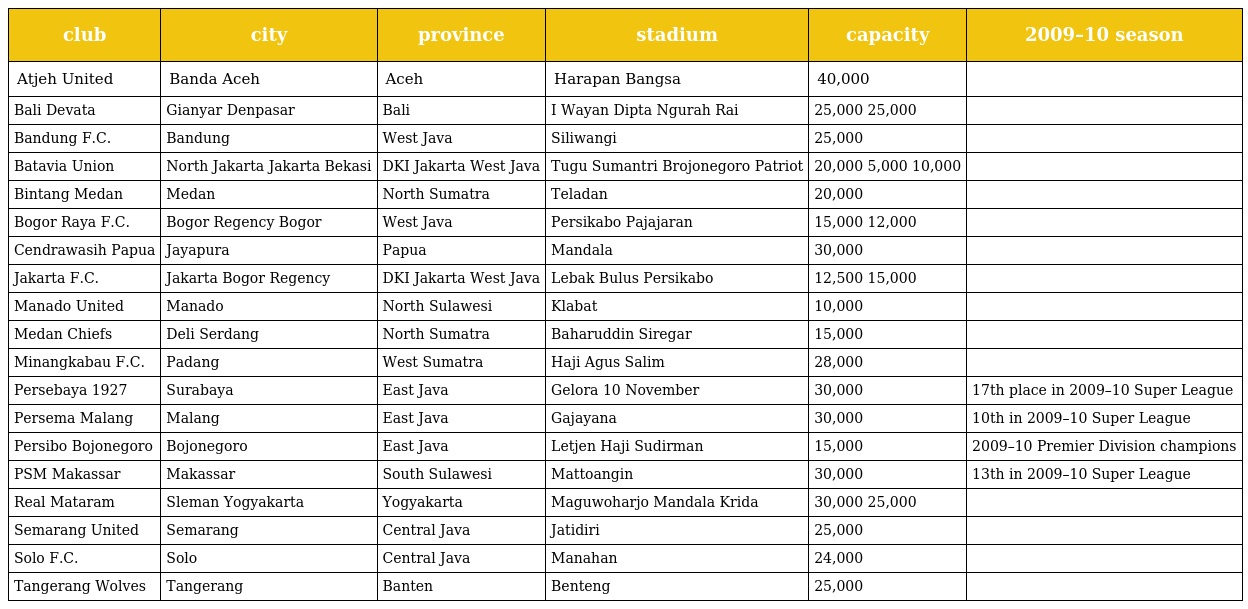
| club | city | province | stadium | capacity | 2009–10 season |
 | --- | --- | --- | --- | --- | --- |
 | Atjeh United | Banda Aceh | Aceh | Harapan Bangsa | 40,000 |  |
 | Bali Devata | Gianyar Denpasar | Bali | I Wayan Dipta Ngurah Rai | 25,000 25,000 |  |
 | Bandung F.C. | Bandung | West Java | Siliwangi | 25,000 |  |
 | Batavia Union | North Jakarta Jakarta Bekasi | DKI Jakarta West Java | Tugu Sumantri Brojonegoro Patriot | 20,000 5,000 10,000 |  |
 | Bintang Medan | Medan | North Sumatra | Teladan | 20,000 |  |
 | Bogor Raya F.C. | Bogor Regency Bogor | West Java | Persikabo Pajajaran | 15,000 12,000 |  |
 | Cendrawasih Papua | Jayapura | Papua | Mandala | 30,000 |  |
 | Jakarta F.C. | Jakarta Bogor Regency | DKI Jakarta West Java | Lebak Bulus Persikabo | 12,500 15,000 |  |
 | Manado United | Manado | North Sulawesi | Klabat | 10,000 |  |
 | Medan Chiefs | Deli Serdang | North Sumatra | Baharuddin Siregar | 15,000 |  |
 | Minangkabau F.C. | Padang | West Sumatra | Haji Agus Salim | 28,000 |  |
 | Persebaya 1927 | Surabaya | East Java | Gelora 10 November | 30,000 | 17th place in 2009–10 Super League |
 | Persema Malang | Malang | East Java | Gajayana | 30,000 | 10th in 2009–10 Super League |
 | Persibo Bojonegoro | Bojonegoro | East Java | Letjen Haji Sudirman | 15,000 | 2009–10 Premier Division champions |
 | PSM Makassar | Makassar | South Sulawesi | Mattoangin | 30,000 | 13th in 2009–10 Super League |
 | Real Mataram | Sleman Yogyakarta | Yogyakarta | Maguwoharjo Mandala Krida | 30,000 25,000 |  |
 | Semarang United | Semarang | Central Java | Jatidiri | 25,000 |  |
 | Solo F.C. | Solo | Central Java | Manahan | 24,000 |  |
 | Tangerang Wolves | Tangerang | Banten | Benteng | 25,000 |  |